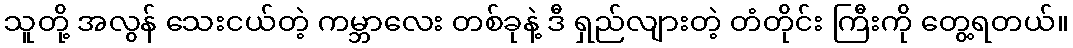
သူတို့ အလွန် သေးငယ်တဲ့ ကမ္ဘာလေး တစ်ခုနဲ့ ဒီ ရှည်လျားတဲ့ တံတိုင်း ကြီးကို တွေ့ရတယ်။